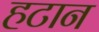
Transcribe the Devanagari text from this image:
हटान